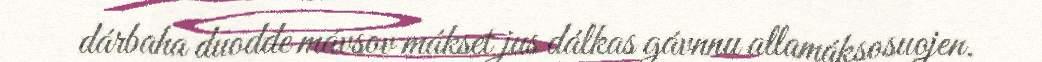
dárbaha duodde mávsov mákset jus dálkas gávnnu allamáksosuojen.